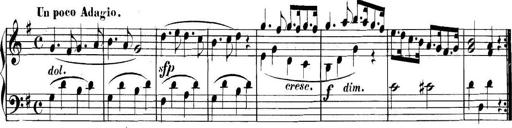
Title: Collected Piano Sonatas
Composer: Muzio Clementi